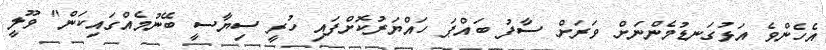
އެހެންވެ އަޅުގަނޑުމެންނަށް ވަރަށް ސާފު ބައްޕަ ހައްޔަރުކޮށްފައި ހުރީ ސިޔާސީ ބޭނުމެއްގައިކަން" ވޫލީ